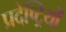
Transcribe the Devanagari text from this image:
प्रदेष्ट्रियों